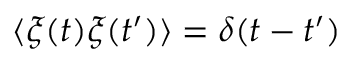
\langle \xi ( t ) \xi ( t ^ { \prime } ) \rangle = \delta ( t - t ^ { \prime } )